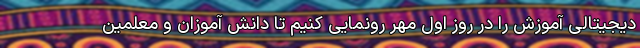
دیجیتالی آموزش را در روز اول مهر رونمایی کنیم تا دانش آموزان و معلمین